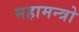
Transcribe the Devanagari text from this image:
महामन्त्रो